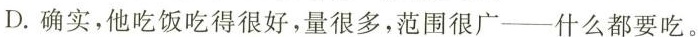
D.确实，他吃饭吃得很好，量很多，范围很广——什么都要吃。